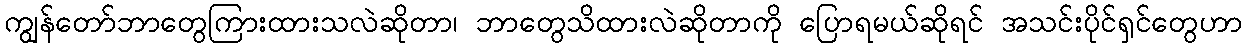
ကျွန်တော်ဘာတွေကြားထားသလဲဆိုတာ၊ ဘာတွေသိထားလဲဆိုတာကို ပြောရမယ်ဆိုရင် အသင်းပိုင်ရှင်တွေဟာ